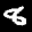
Label: 8